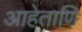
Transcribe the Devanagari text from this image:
आहेताणि